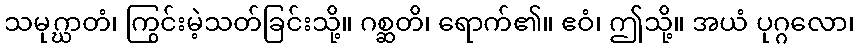
သမုဂ္ဃာတံ၊ ကြွင်းမဲ့သတ်ခြင်းသို့။ ဂစ္ဆတိ၊ ရောက်၏။ ဧဝံ၊ ဤသို့။ အယံ ပုဂ္ဂလော၊